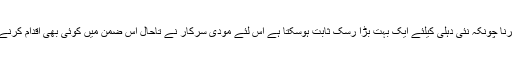
دفعہ 370کو ختم کرنا چونکہ نئی دہلی کیلئے ایک بہت بڑا رسک ثابت ہوسکتا ہے اس لئے مودی سرکار نے تاحال اس ضمن میں کوئی بھی اقدام کرنے سے گریز کیا ہے۔